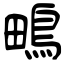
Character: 鴫